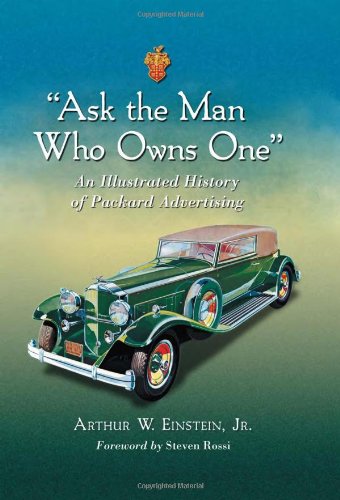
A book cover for "Ask the Man Who Owns One": An Illustrated History of Packard Advertising; Arthur W. Einstein; Business & Money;